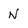
Character: N